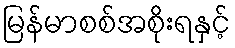
မြန်မာစစ်အစိုးရနှင့်